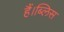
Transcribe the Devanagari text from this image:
हैं।ब्लिस